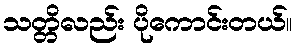
သတ္တိလည်း ပိုကောင်းတယ်။